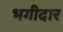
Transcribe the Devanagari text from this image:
भगीदार